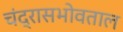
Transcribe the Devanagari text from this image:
चंद्रासभोवताल